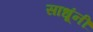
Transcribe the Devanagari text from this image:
साधूंनीं